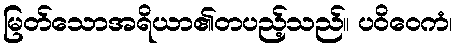
မြတ်သောအရိယာ၏တပည့်သည်။ ပဝိဝေကံ၊